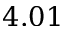
4 . 0 1